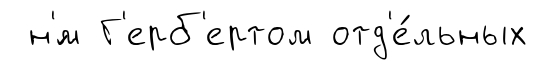
н'́м Г'ерб'ертом отд'е́льных